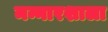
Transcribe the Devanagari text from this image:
मन्नारशाला